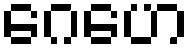
ဂေဟေ